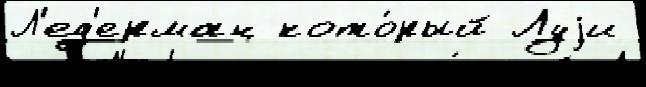
Л'ед'ерман кото́рый Луjи